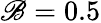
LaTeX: \mathscr{B}=0.5